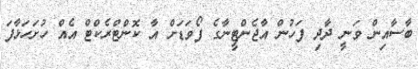
ބާސާއިން ވަނީ ދާދި ފަހުން އާޖެންޓީނާގެ ފޯވަޑަށް އާ ކޮންޓްރެކްޓް އެއް ހުށަހަޅާފަ